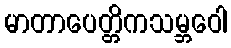
မာတာပေတ္တိကသမ္ဘဝေါ